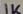
Text: 1K